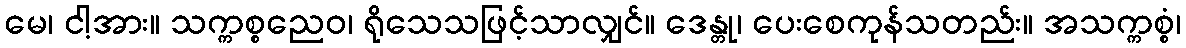
မေ၊ ငါ့အား။ သက္ကစ္စညေဝ၊ ရိုသေသဖြင့်သာလျှင်။ ဒေန္တု၊ ပေးစေကုန်သတည်း။ အသက္ကစ္စံ၊